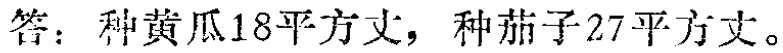
答：种黄瓜18平方丈，种茄子27平方丈。